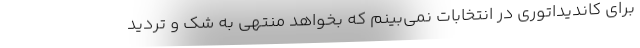
برای کاندیداتوری در انتخابات نمی‌بینم که بخواهد منتهی به شک و تردید